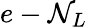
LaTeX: e-\mathcal{N}_{L}